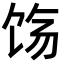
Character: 𬲰